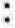
: